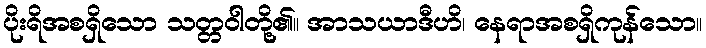
ပိုးရိအစရှိသော သတ္တဝါတို့၏။ အာသယာဒီဟိ၊ နေရာအစရှိကုန်သော။